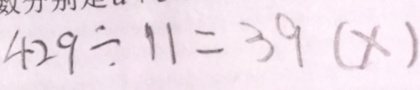
4 2 9 \div 1 1 = 3 9 ( x )